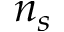
n _ { s }